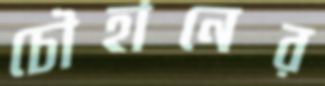
চৌহানের